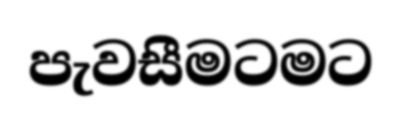
පැවසීමටමට